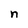
Character: n